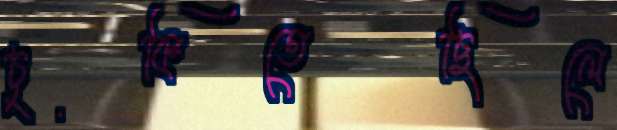
চুকিতেছিলে